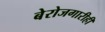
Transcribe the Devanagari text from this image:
बेरोजगारीही